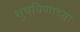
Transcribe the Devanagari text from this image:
सुचविणाच्या